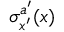
\sigma _ { x ^ { \prime } } ^ { a ^ { \prime } } ( x )